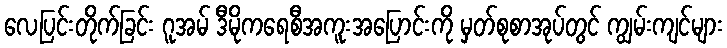
လေပြင်းတိုက်ခြင်း ဂူအမ် ဒီမိုကရေစီအကူးအပြောင်းကို မှတ်စုစာအုပ်တွင် ကျွမ်းကျင်များ